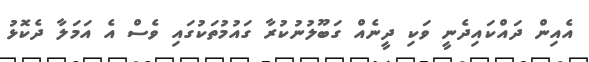
އެއިން ދައްކައިދެނީ ވަކި ދީނެއް ގަބޫލުނުކުރާ ގައުމުތަކުގައި ވެސް އެ އަމަލާ ދެކޮޅު